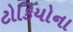
ટોકિયોના